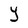
Character: Y